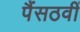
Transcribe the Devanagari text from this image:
पैंसठवीं